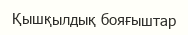
Қышқылдық бояғыштар